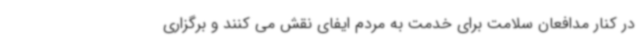
در کنار مدافعان سلامت برای خدمت به مردم ایفای نقش می کنند و برگزاری